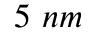
5 ~ n m